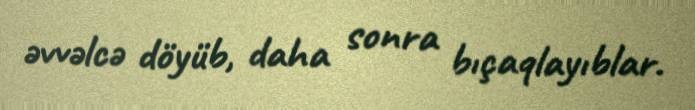
əvvəlcə döyüb, daha sonra bıçaqlayıblar.